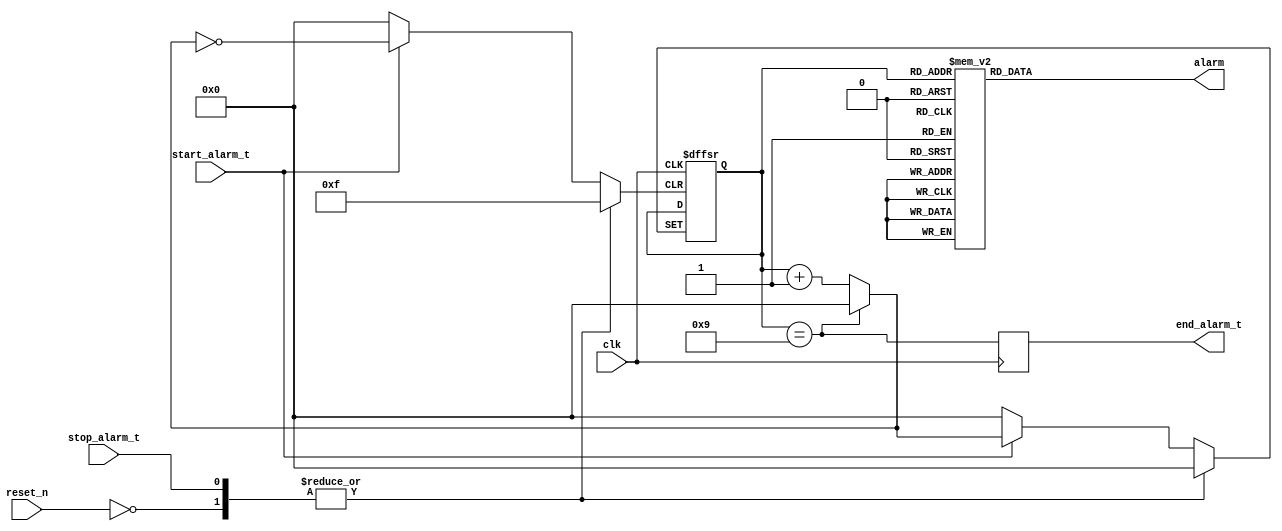
module alarm(
	 input clk
	,input reset_n
	,input start_alarm_t
	,input stop_alarm_t
	,output alarm
	,output end_alarm_t
	);

reg end_alarm_t;
reg alarm;
reg [3:0]time_alarm;

always @( negedge reset_n or posedge clk or posedge stop_alarm_t or posedge start_alarm_t) begin
	if( ~reset_n ) begin
		time_alarm <= 4'd0;
	end
	else begin 
		if( stop_alarm_t ) begin
		time_alarm <= 4'd0;
		end
	else begin
		if( start_alarm_t ) begin
			time_alarm <= (time_alarm == 4'd9)? 4'd0 : time_alarm + 4'd1;
		end
	end
end
end

always @( time_alarm ) begin
	alarm = 4'd0;
	case( time_alarm )
		4'd0: alarm = 1'b0;
		4'd1: alarm = 1'b1;
		4'd2: alarm = 1'b0;
		4'd3: alarm = 1'b1;
		4'd4: alarm = 1'b0;
		4'd5: alarm = 1'b1;
		4'd6: alarm = 1'b0;
		4'd7: alarm = 1'b1;
		4'd8: alarm = 1'b0;
		4'd9: alarm = 1'b1;

	endcase
end
always @( posedge clk ) begin
	end_alarm_t <= ( time_alarm == 4'd9);
end
endmodule